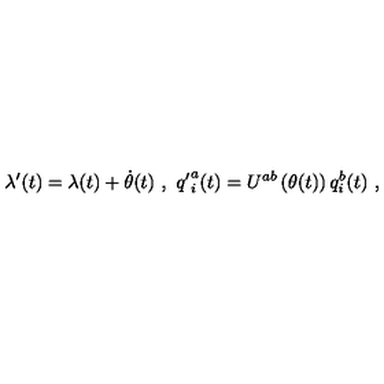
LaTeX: \lambda ^ { \prime } ( t ) = \lambda ( t ) + \dot { \theta } ( t ) \ , \ { q ^ { \prime } } _ { i } ^ { a } ( t ) = U ^ { a b } \left( \theta ( t ) \right) q _ { i } ^ { b } ( t ) \ ,